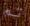
تم